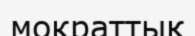
мократтық